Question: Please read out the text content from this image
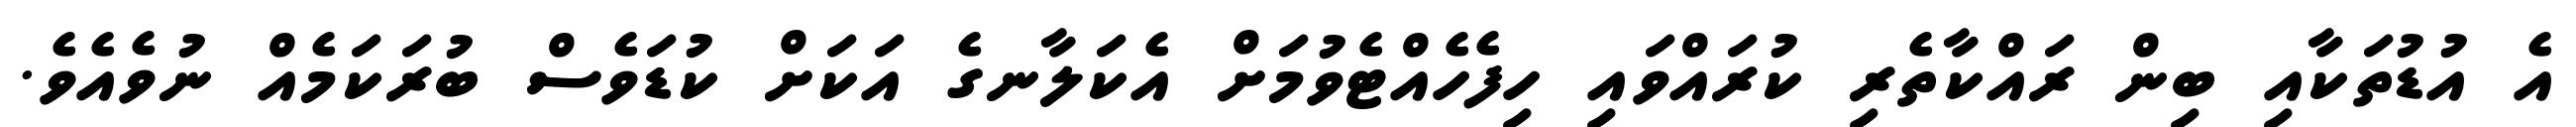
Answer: އެ އުޑުތަކާއި ބިން ރައްކާތެރި ކުރައްވައި ހިފެހެއްޓެވުމަށް އެކަލާނގެ އަކަށް ކުޑަވެސް ބުރަކަމެއް ނުވެއެވެ.